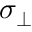
\sigma _ { \perp }